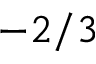
- 2 / 3